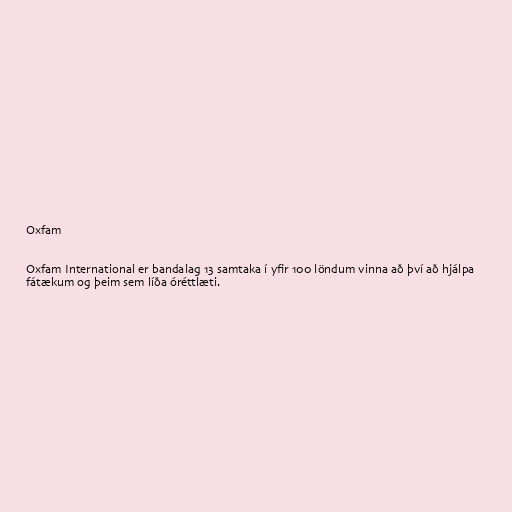
Oxfam

Oxfam International er bandalag 13 samtaka í yfir 100 löndum vinna að því að hjálpa
fátækum og þeim sem líða óréttlæti.